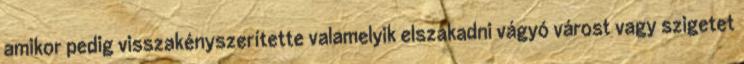
amikor pedig visszakényszerítette valamelyik elszakadni vágyó várost vagy szigetet